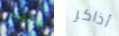
الوقت أذاكر